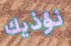
نؤذيك